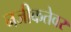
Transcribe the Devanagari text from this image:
नजीकतेवर